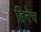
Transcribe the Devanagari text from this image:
हिनेच